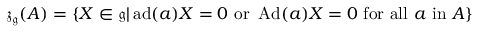
{ \mathfrak { z } } _ { \mathfrak { g } } ( A ) = \{ X \in { \mathfrak { g } } | \operatorname { a d } ( a ) X = 0 { \mathrm { ~ o r ~ } } \operatorname { A d } ( a ) X = 0 { \mathrm { ~ f o r ~ a l l ~ } } a { \mathrm { ~ i n ~ } } A \}